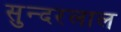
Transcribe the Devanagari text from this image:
सुन्‍दरलाल